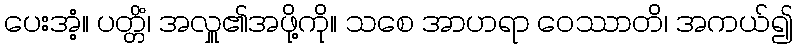
ပေးအံ့။ ပတ္တိံ၊ အလှူ၏အဖို့ကို။ သစေ အာဟရာ ဝေဿာတိ၊ အကယ်၍